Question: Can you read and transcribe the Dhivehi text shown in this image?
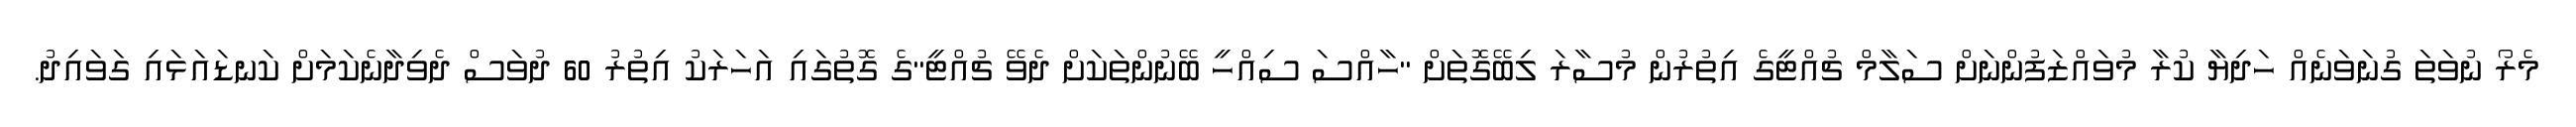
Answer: މެރޯ ނުވަތަ ގުނަވަނެއް ހަދިޔާ ކުރާ މުވައްޒަފުންނަށް ސަލާމް ޗުއްޓީގެ އިތުރުން މުސާރަ ލިބޭގޮތަށް "ހާއްސަ ސިއްހީ ބޭނުންތަކަށް ދެވޭ ޗުއްޓީ"ގެ ގޮތުގައި އަހަރަކު އިތުރު 60 ދުވަސް ދެވިދާނެކަމަށް ކަނޑައަޅައި ގަވައިދު.